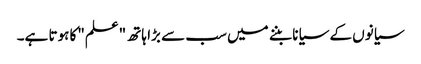
سیانوں کے سیانا بننے میں سب سے بڑا ہاتھ "علم"کا ہوتا ہے۔